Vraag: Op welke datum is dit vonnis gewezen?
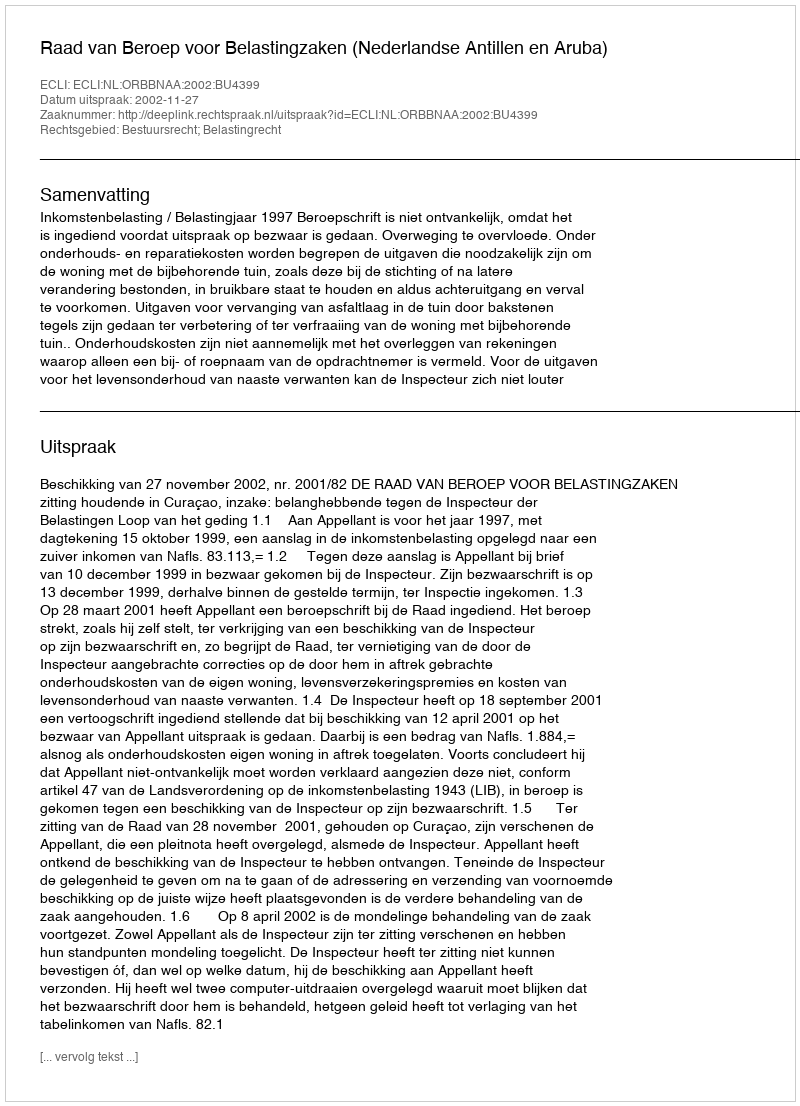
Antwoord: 2002-11-27